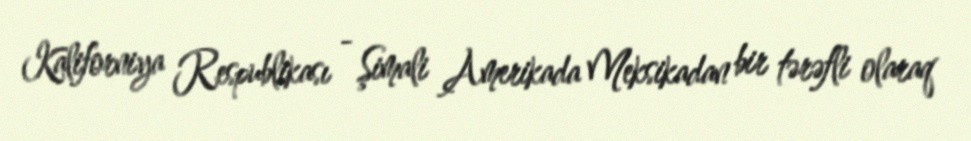
Kaliforniya Respublikası - Şimali Amerikada Meksikadan bir tərəfli olaraq